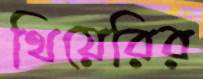
থিয়েরির